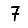
Digit: 7